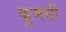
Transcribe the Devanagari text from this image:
कुमसी